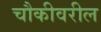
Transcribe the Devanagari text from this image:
चौकीवरील